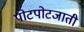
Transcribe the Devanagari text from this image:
पोटपोटजाती